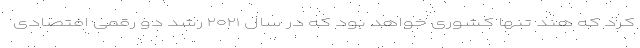
کرد که هند تنها کشوری خواهد بود که در سال ۲۰۲۱ رشد دو رقمی افتصادی